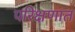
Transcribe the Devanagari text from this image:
परिक्षणात